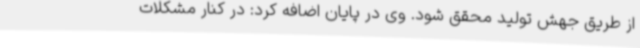
از طریق جهش تولید محقق شود. وی در پایان اضافه کرد: در کنار مشکلات